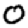
Digit: 0